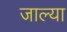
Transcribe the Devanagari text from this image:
जाल्या